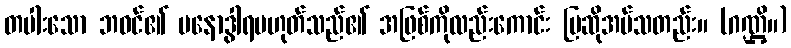
တပါးသော ဘဝင်၏ မနောဒွါရမဟုတ်သည်၏ အဖြစ်ကိုလည်းကောင်း ပြဆိုအပ်သတည်း။ (ဂဏ္ဌိ။)